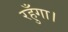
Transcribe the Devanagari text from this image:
रहुँगा।